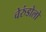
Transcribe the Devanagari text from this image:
चेरुंडोलो